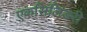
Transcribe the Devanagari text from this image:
एकसिलिंडरी